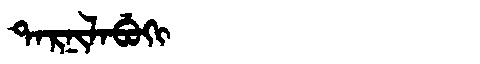
Manchu: ᡨᠠᡵᠨᡳᠯᠠᠪᡠᡴᡳ
Romanization: TARNILABUKI